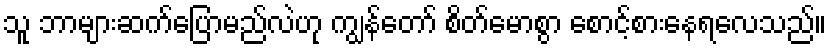
သူ ဘာများဆက်ပြောမည်လဲဟု ကျွန်တော် စိတ်မောစွာ စောင့်စားနေရလေသည်။